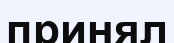
принял